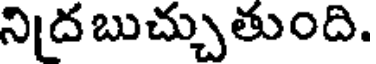
నిద బుచ్చుతుంది.